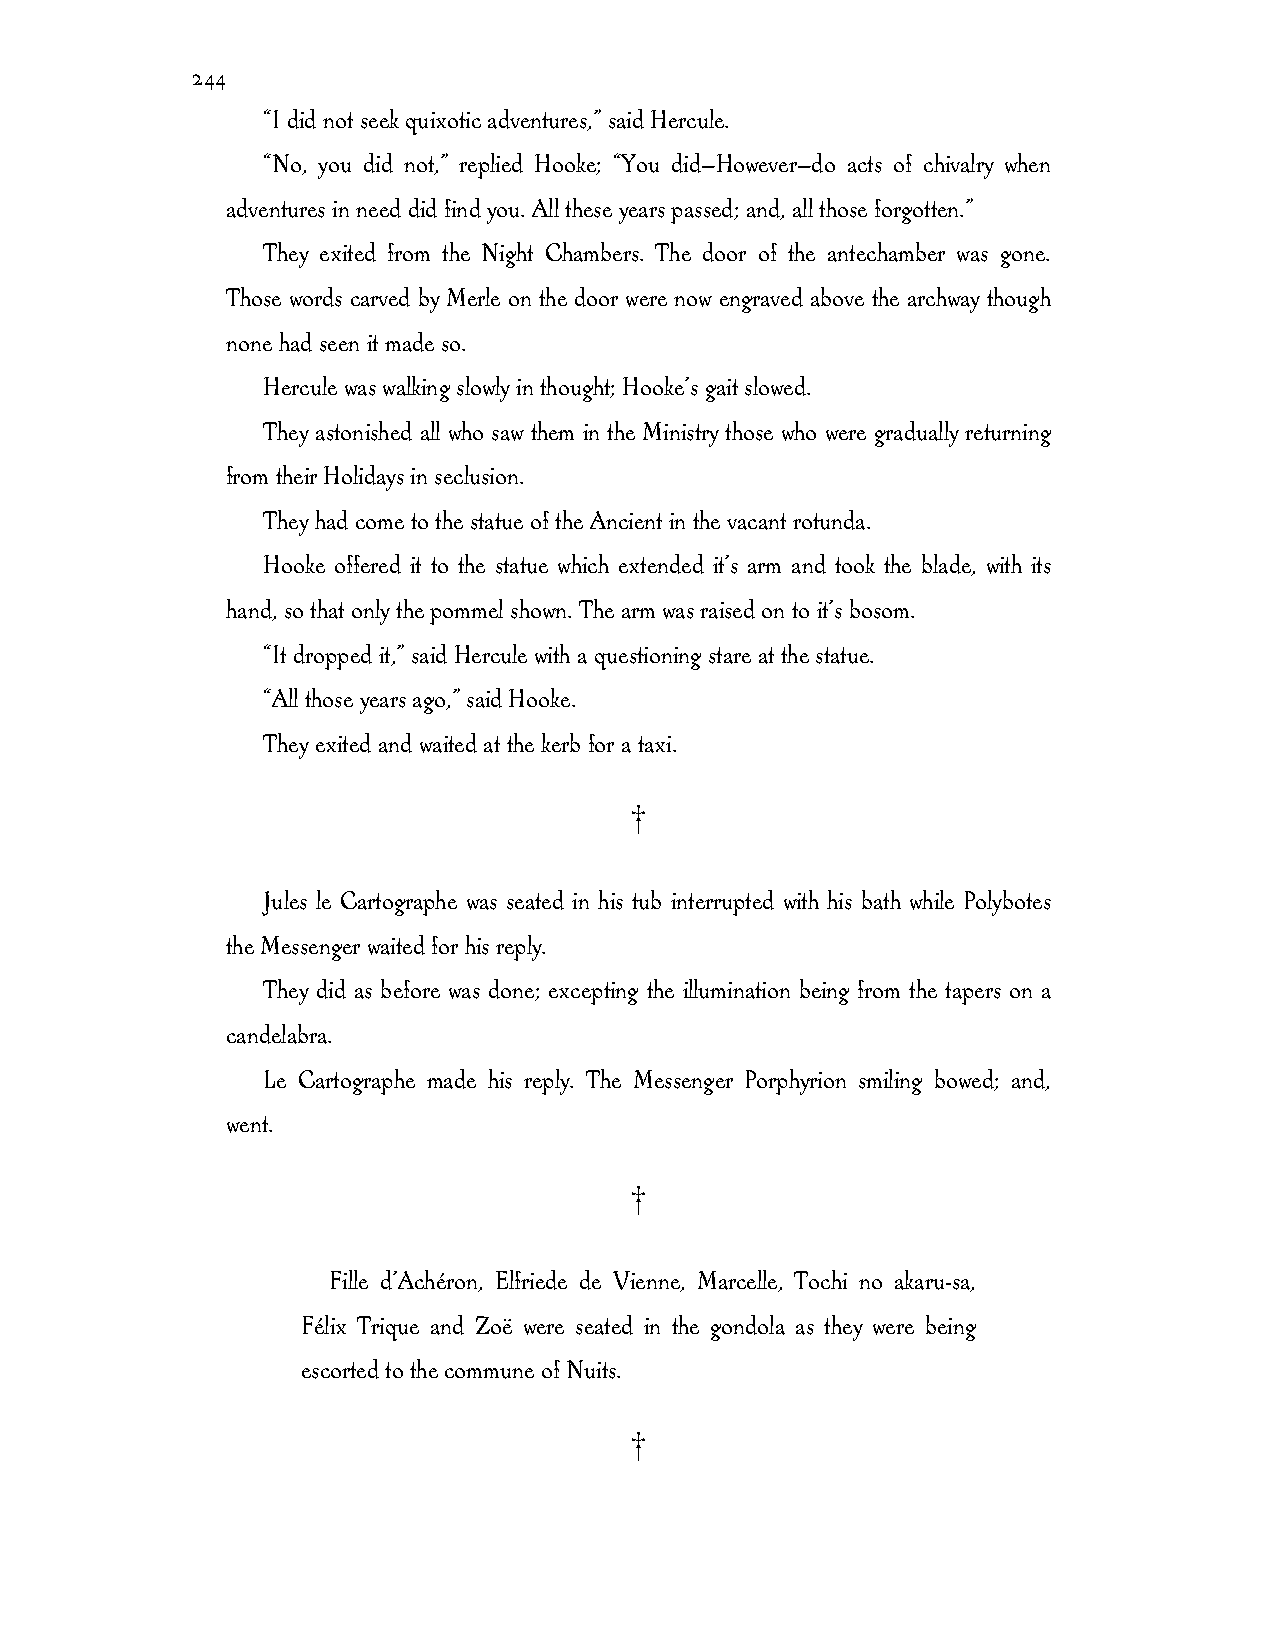
244
 “I did not seek quixotic adventures,” said Hercule.
 “No, you did not,” replied Hooke; “You did—However—do acts of chivalry when
 adventures in need did find you. All these years passed; and, all those forgotten.”
 They exited from the Night Chambers. The door of the antechamber was gone.
 Those words carved by Merle on the door were now engraved above the archway though
 none had seen it made so.
 Hercule was walking slowly in thought; Hooke’s gait slowed.
 They astonished all who saw them in the Ministry those who were gradually returning
 from their Holidays in seclusion.
 They had come to the statue of the Ancient in the vacant rotunda.
 Hooke offered it to the statue which extended it’s arm and took the blade, with its
 hand, so that only the pommel shown. The arm was raised on to it’s bosom.
 “It dropped it,” said Hercule with a questioning stare at the statue.
 “All those years ago,” said Hooke.
 They exited and waited at the kerb for a taxi.
 †
 Jules le Cartographe was seated in his tub interrupted with his bath while Polybotes
 the Messenger waited for his reply.
 They did as before was done; excepting the illumination being from the tapers on a
 candelabra.
 Le Cartographe made his reply. The Messenger Porphyrion smiling bowed; and,
 went.
 †
 Fille d’Achéron, Elfriede de Vienne, Marcelle, Tochi no akaru-sa,
 Félix Trique and Zoë were seated in the gondola as they were being
 escorted to the commune of Nuits.
 †